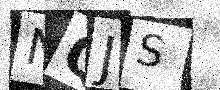
Text: NQJS